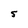
Character: S